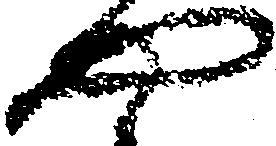
や